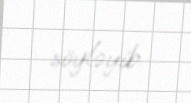
söyləyib.